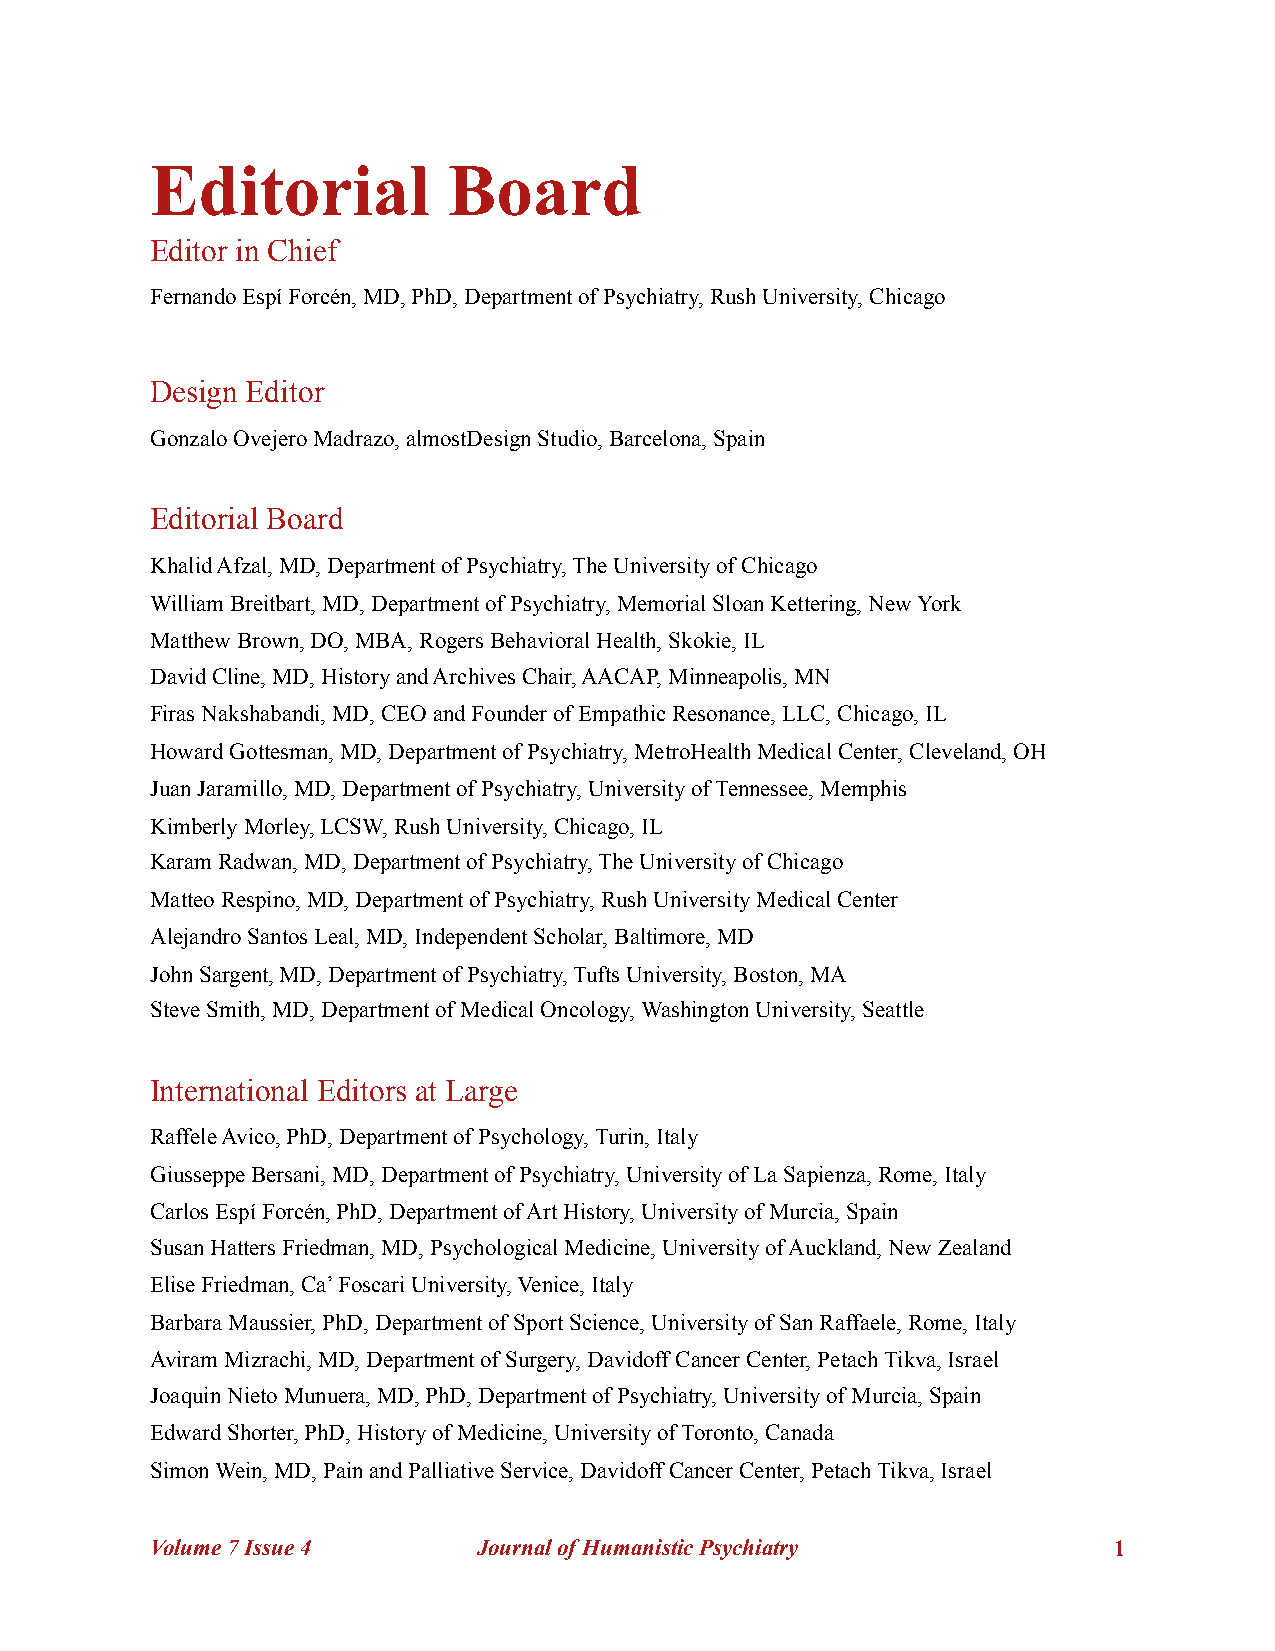
Editorial           Board
 Editor in Chief
 Fernando Espí Forcén, MD, PhD, Department of Psychiatry, Rush University, Chicago
 Design Editor
 Gonzalo Ovejero Madrazo, almostDesign Studio, Barcelona, Spain
 Editorial Board
 Khalid Afzal, MD, Department of Psychiatry, The University of Chicago
 William Breitbart, MD, Department of Psychiatry, Memorial Sloan Kettering, New York
 Matthew Brown, DO, MBA, Rogers Behavioral Health, Skokie, IL
 David Cline, MD, History and Archives Chair, AACAP, Minneapolis, MN
 Firas Nakshabandi, MD, CEO and Founder of Empathic Resonance, LLC, Chicago, IL
 Howard Gottesman, MD, Department of Psychiatry, MetroHealth Medical Center, Cleveland, OH
 Juan Jaramillo, MD, Department of Psychiatry, University of Tennessee, Memphis
 Kimberly Morley, LCSW, Rush University, Chicago, IL
 Karam Radwan, MD, Department of Psychiatry, The University of Chicago
 Matteo Respino, MD, Department of Psychiatry, Rush University Medical Center
 Alejandro Santos Leal, MD, Independent Scholar, Baltimore, MD
 John Sargent, MD, Department of Psychiatry, Tufts University, Boston, MA
 Steve Smith, MD, Department of Medical Oncology, Washington University, Seattle
 International Editors at Large
 Raffele Avico, PhD, Department of Psychology, Turin, Italy
 Giusseppe Bersani, MD, Department of Psychiatry, University of La Sapienza, Rome, Italy
 Carlos Espí Forcén, PhD, Department of Art History, University of Murcia, Spain
 Susan Hatters Friedman, MD, Psychological Medicine, University of Auckland, New Zealand
 Elise Friedman, Ca’ Foscari University, Venice, Italy
 Barbara Maussier, PhD, Department of Sport Science, University of San Raffaele, Rome, Italy
 Aviram Mizrachi, MD, Department of Surgery, Davidoff Cancer Center, Petach Tikva, Israel
 Joaquin Nieto Munuera, MD, PhD, Department of Psychiatry, University of Murcia, Spain
 Edward Shorter, PhD, History of Medicine, University of Toronto, Canada
 Simon Wein, MD, Pain and Palliative Service, Davidoff Cancer Center, Petach Tikva, Israel
 Volume 7 Issue 4      Journal of Humanistic Psychiatry          !1